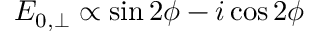
E _ { 0 , \perp } \propto \sin 2 \phi - i \cos 2 \phi